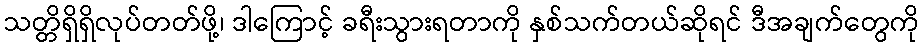
သတ္တိရှိရှိလုပ်တတ်ဖို့၊ ဒါကြောင့် ခရီးသွားရတာကို နှစ်သက်တယ်ဆိုရင် ဒီအချက်တွေကို